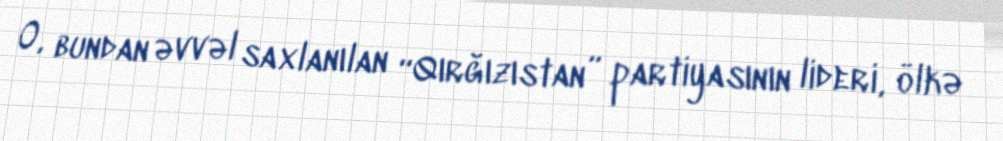
O, bundan əvvəl saxlanılan “Qırğızıstan” partiyasının lideri, ölkə